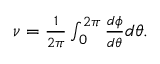
\begin{array} { r } { \nu = \frac { 1 } { 2 \pi } \int _ { 0 } ^ { 2 \pi } \frac { d \phi } { d \theta } d \theta . } \end{array}